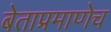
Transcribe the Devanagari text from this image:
बेताप्रमाणेच